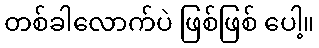
တစ်ခါလောက်ပဲ ဖြစ်ဖြစ် ပေါ့။